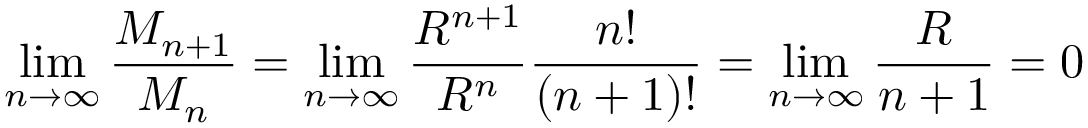
\operatorname* { l i m } _ { n \to \infty } { \frac { M _ { n + 1 } } { M _ { n } } } = \operatorname* { l i m } _ { n \to \infty } { \frac { R ^ { n + 1 } } { R ^ { n } } } { \frac { n ! } { ( n + 1 ) ! } } = \operatorname* { l i m } _ { n \to \infty } { \frac { R } { n + 1 } } = 0